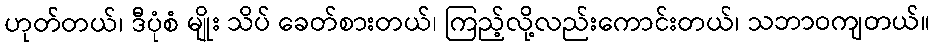
ဟုတ်တယ်၊ ဒီပုံစံ မျိုး သိပ် ခေတ်စားတယ်၊ ကြည့်လို့လည်းကောင်းတယ်၊ သဘာဝကျတယ်။